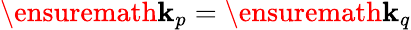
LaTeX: \ensuremath{\mathbf{k}}_{p}=\ensuremath{\mathbf{k}}_{q}